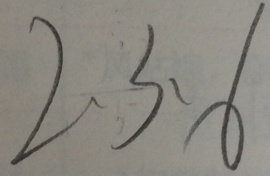
2 . 3 \cdot 6